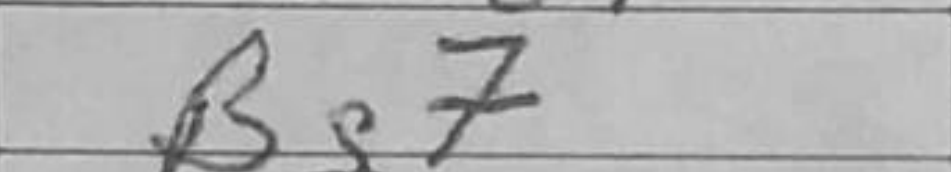
Transcription: Bg7